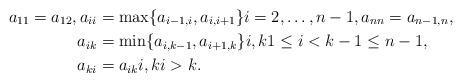
LaTeX: \begin{align*} a_{11}=a_{12},a_{ii}&=\max\{a_{i-1,i},a_{i,i+1}\}i=2,\ldots, n-1,a_{nn}=a_{n-1,n},\\ a_{ik}&=\min\{a_{i,k-1},a_{i+1,k}\}i,k1\leq i < k-1 \leq n-1,\\ a_{ki}&=a_{ik}i,k i>k.\end{align*}